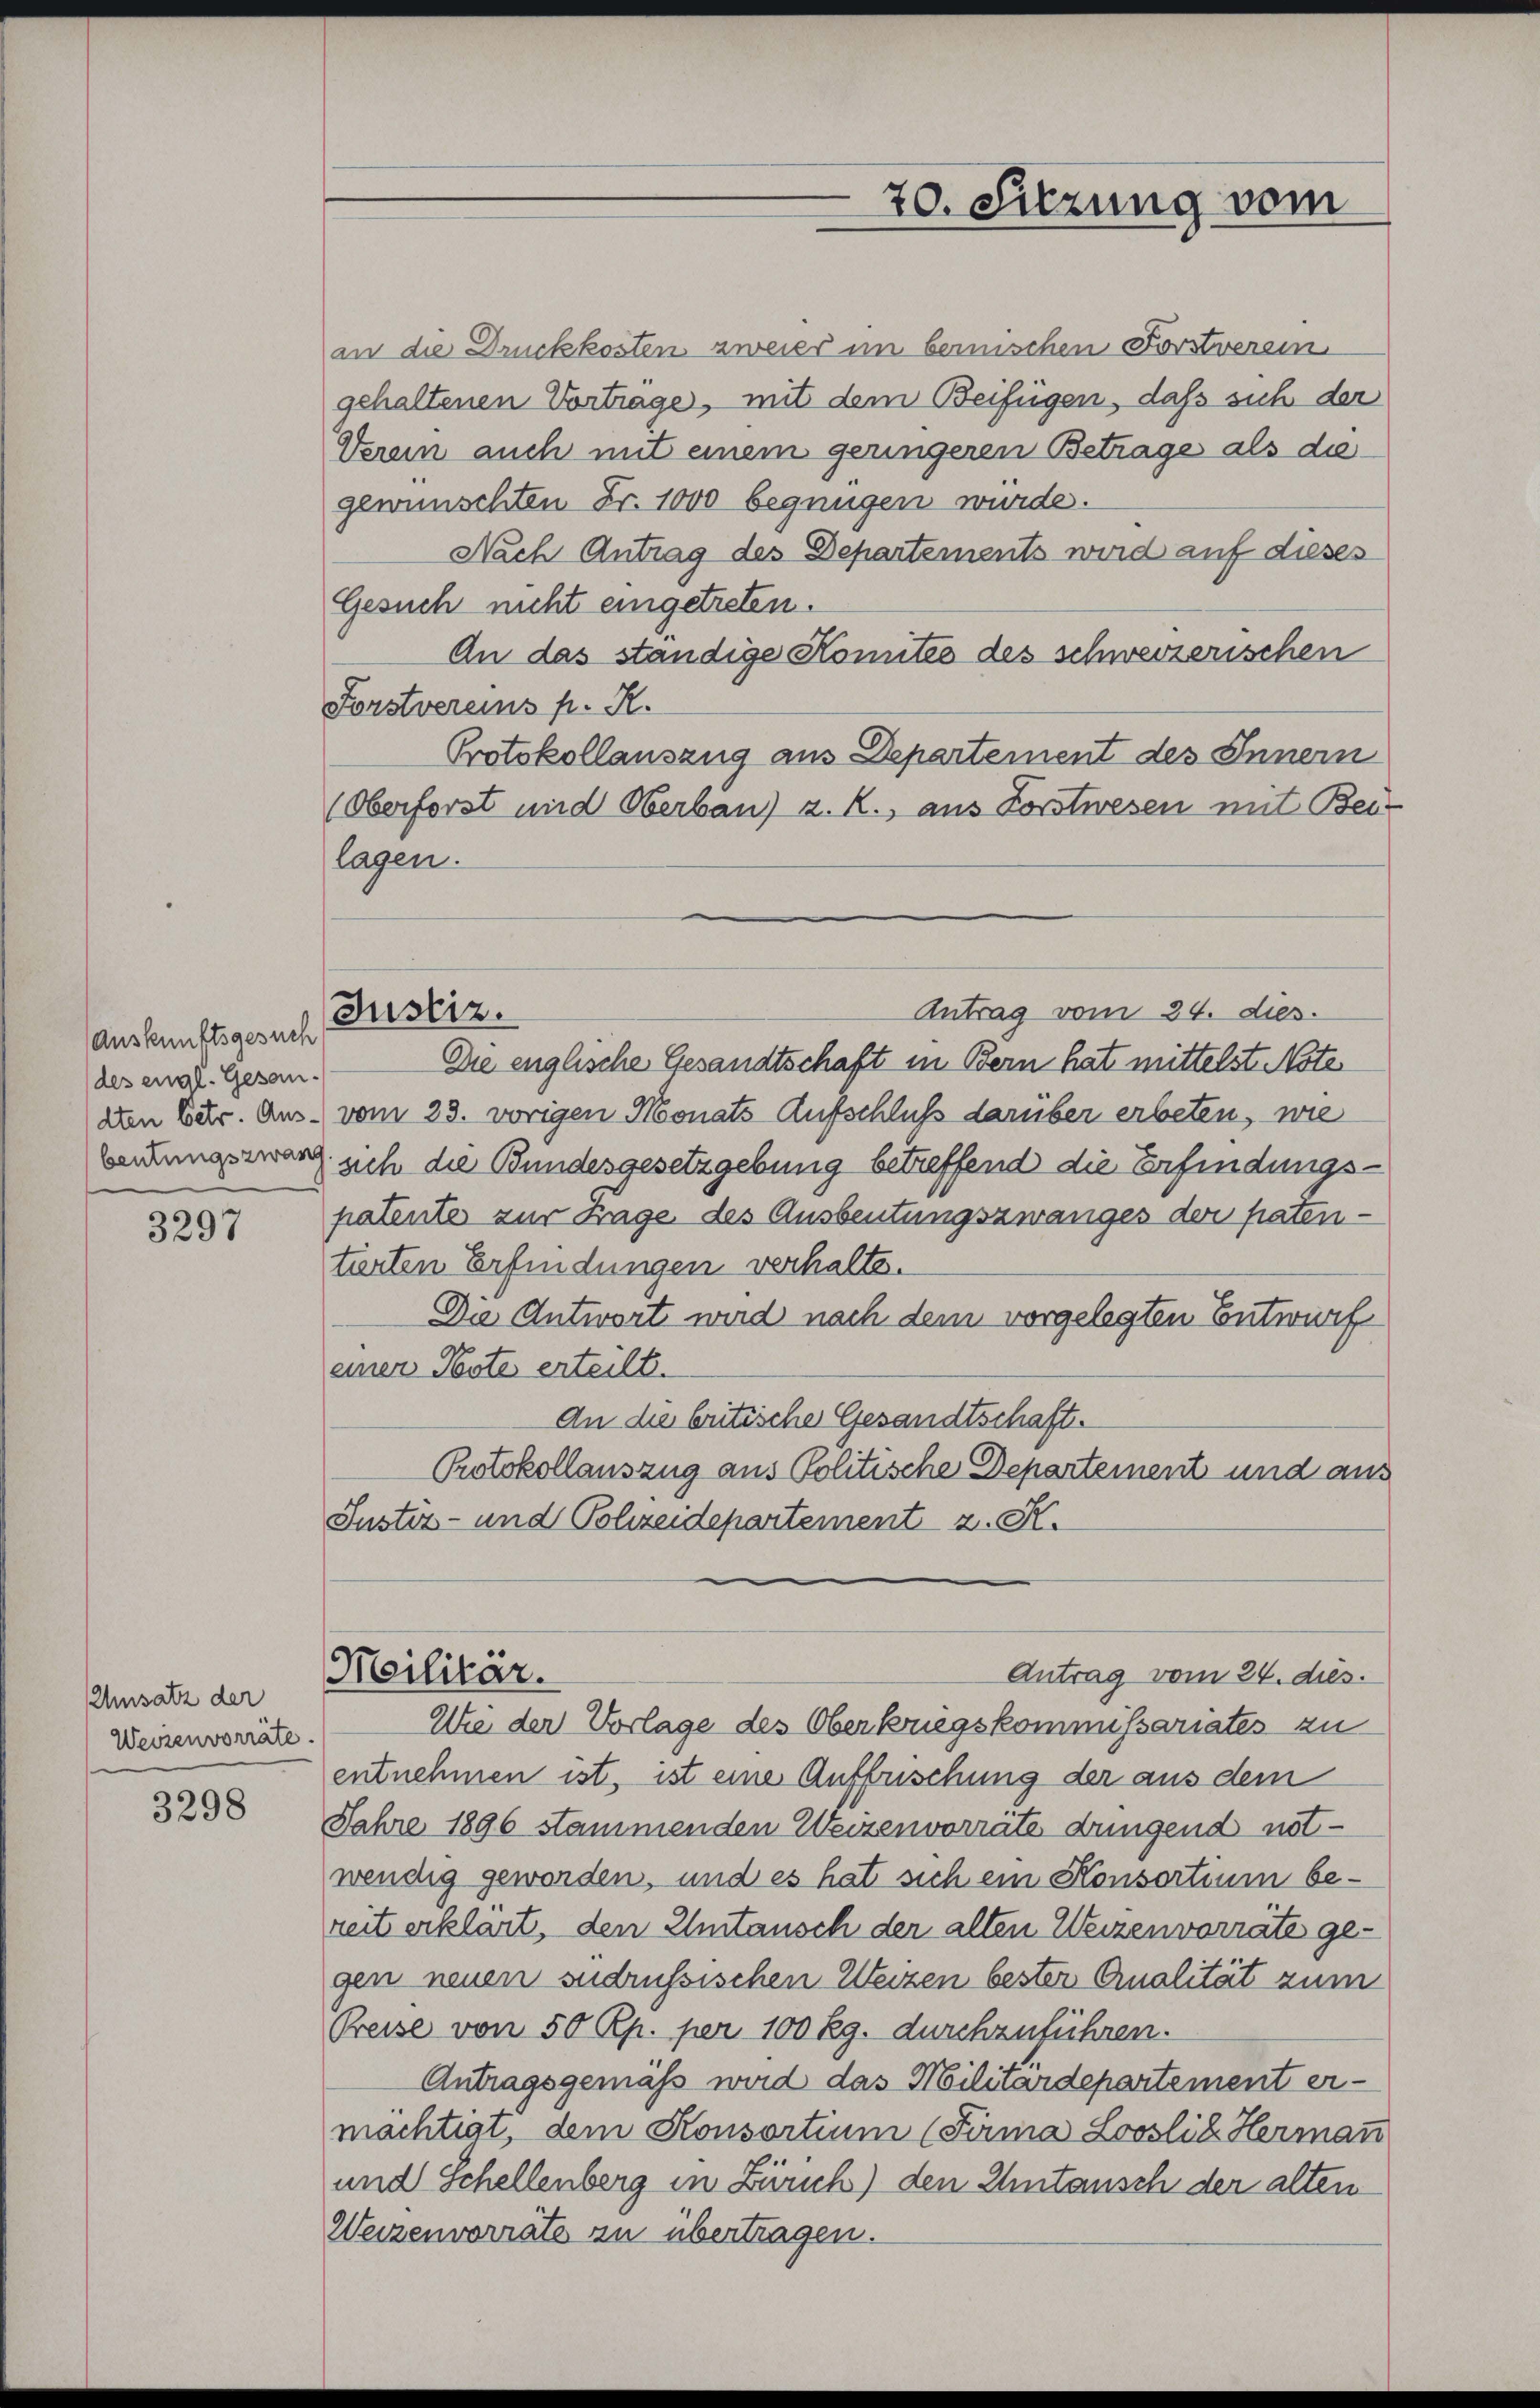
Auskunftsgesuch
des engl. Gesandten betr. Aus-
beutungszwan

3297

Umsatz der
Weisenvorräte.

3298

an die Druckkosten zweier im bemischen Forstverein
gehaltenen Vortrage, mit dem Beifügen, daß sich der
Verein auch mit einem geringeren Betrage als diegewünschten Fr. 1000 begnügen wurde.
Nach Antrag des Departements wird auf dieses
Gesuch nicht eingetreten.
An das ständige Komités des schweizerischen
Forstvereins p. R.
Protokollauszug aus Departement des Innern
(Oberforst und Oberbau) z. R., aus Forstwesen mit Bes
lagen.

Justiz.

70. Sitzung vom

Antrag vom 24. dies
Die englische Gesandtschaft in Bern hat mittelst Note
vom 23. vorigen Monats Aufschluß darüber erbeten, wie
ach die Bundesgesetzgebung betreffend die Erfindungspatente zur Frage des Ausbeutungszwanges der patentirten Erfindungen verhalte.
Die Antwort wird nach dem vorgelegten Entwurf
einer Note erteilt.
An die britische Gesandtschaft.
Protokollauszug aus Politische Departement und aus
Justiz- und Polizeidepartement z. K.
Antrag vom 24. dies.
Meilitär.
Wie der Vorlage des Oberkriegskommissariates zu
entnehmen ist, ist eine Auffuschung der aus dem
Jahre 1896 stammenden Weizenvorräte dringend not-
wendig geworden, und es hat sich ein Konsortium be-
reit erklärt, den Umtausch der alten Weizenvorräte gegen neuen sudrussischen Weizen bester Qualität zum
Preise von 50 Rp. per 100 Rg. durchzuführen.
Antragsgemäß wird das Militärdepartement er-
machtigt, dem Konsortium (Firma Looslis Herman
und Schellenberg in Zürich) den Untausch der alten
Weizenvorräte zu übertragen.